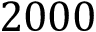
2 0 0 0